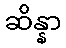
ဆိန္နာ